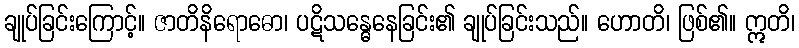
ချုပ်ခြင်းကြောင့်။ ဇာတိနိရောဓော၊ ပဋိသန္ဓေနေခြင်း၏ ချုပ်ခြင်းသည်။ ဟောတိ၊ ဖြစ်၏။ ဣတိ၊